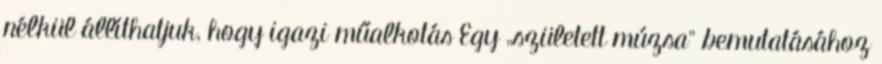
nélkül állíthatjuk, hogy igazi műalkotás Egy „született múzsa" bemutatásához